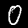
Label: 0